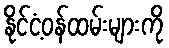
နိုင်ငံ့ဝန်ထမ်းများကို